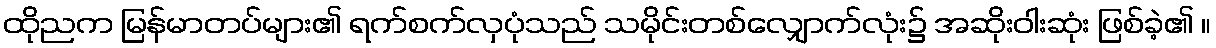
ထိုညက မြန်မာတပ်များ၏ ရက်စက်လှပုံသည် သမိုင်းတစ်လျှောက်လုံး၌ အဆိုးဝါးဆုံး ဖြစ်ခဲ့၏ ။